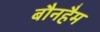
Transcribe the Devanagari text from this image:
बौनहैम